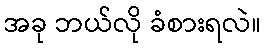
အခု ဘယ်လို ခံစားရလဲ။